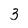
Character: 3